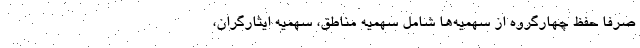
صرفاً حفظ چهارگروه از سهمیه‌ها شامل سهمیه مناطق، سهمیه ایثارگران،